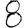
Digit: 8